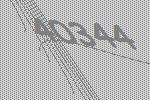
40344